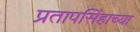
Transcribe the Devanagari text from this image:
प्रतापसिंहाच्या